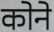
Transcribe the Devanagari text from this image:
काेने